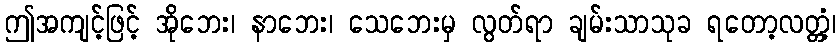
ဤအကျင့်ဖြင့် အိုဘေး၊ နာဘေး၊ သေဘေးမှ လွတ်ရာ ချမ်းသာသုခ ရတော့လတ္တံ့၊